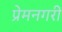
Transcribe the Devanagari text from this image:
प्रेमनगरी